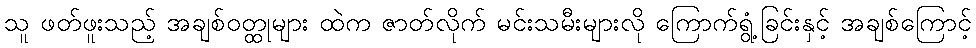
သူ ဖတ်ဖူးသည့် အချစ်ဝတ္ထုများ ထဲက ဇာတ်လိုက် မင်းသမီးများလို ကြောက်ရွံ့ခြင်းနှင့် အချစ်ကြောင့်